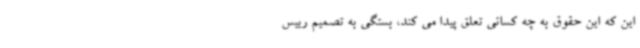
این که این حقوق به چه کسانی تعلق پیدا می کند، بستگی به تصمیم رییس